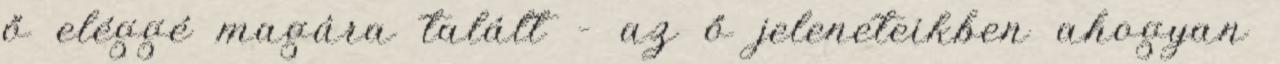
ő eléggé magára talált – az ő jeleneteikben ahogyan